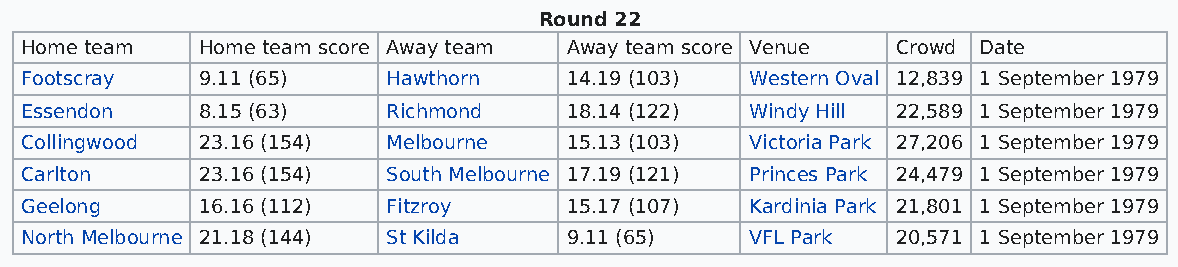
Round 22
 Home team   Home team score Away team Away team score Venue Crowd Date
 Footscray   9.11 (65)    Hawthorn   14.19 (103)  Western Oval 12,839 1 September 1979
 Essendon    8.15 (63)    Richmond   18.14 (122)  Windy Hill 22,589 1 September 1979
 Collingwood 23.16 (154)  Melbourne  15.13 (103)  Victoria Park 27,206 1 September 1979
 Carlton     23.16 (154)  South Melbourne 17.19 (121) Princes Park 24,479 1 September 1979
 Geelong     16.16 (112)  Fitzroy    15.17 (107)  Kardinia Park 21,801 1 September 1979
 North Melbourne 21.18 (144) St Kilda 9.11 (65)   VFL Park 20,571 1 September 1979